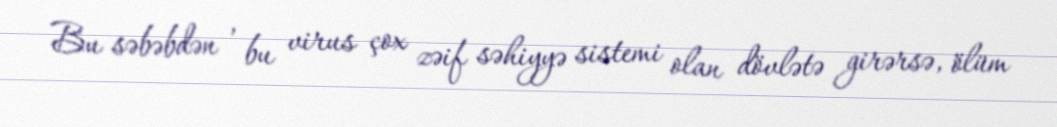
Bu səbəbdən , bu virus çox zəif səhiyyə sistemi olan dövlətə girərsə, ölüm